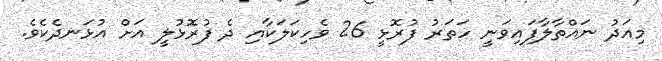
މިއަދު ނައްތާލާފައިވަނީ ހަތަރު ފުރޮޅީ 26 ވެހިކަލަކާއި ދެ ފުރޮޅުލީ އަށް އުޅަނދެކެވެ.